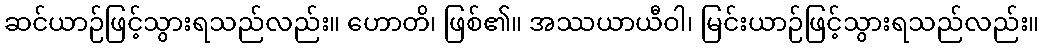
ဆင်ယာဉ်ဖြင့်သွားရသည်လည်း။ ဟောတိ၊ ဖြစ်၏။ အဿယာယီဝါ၊ မြင်းယာဉ်ဖြင့်သွားရသည်လည်း။